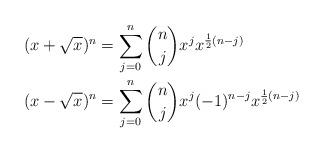
LaTeX: \begin{align*}(x+\sqrt{x})^n &= \sum_{j=0}^n {n\choose j} x^j x^{\frac12(n-j)}\\(x-\sqrt{x})^n &= \sum_{j=0}^n {n\choose j} x^j (-1)^{n-j} x^{\frac12(n-j)}\end{align*}